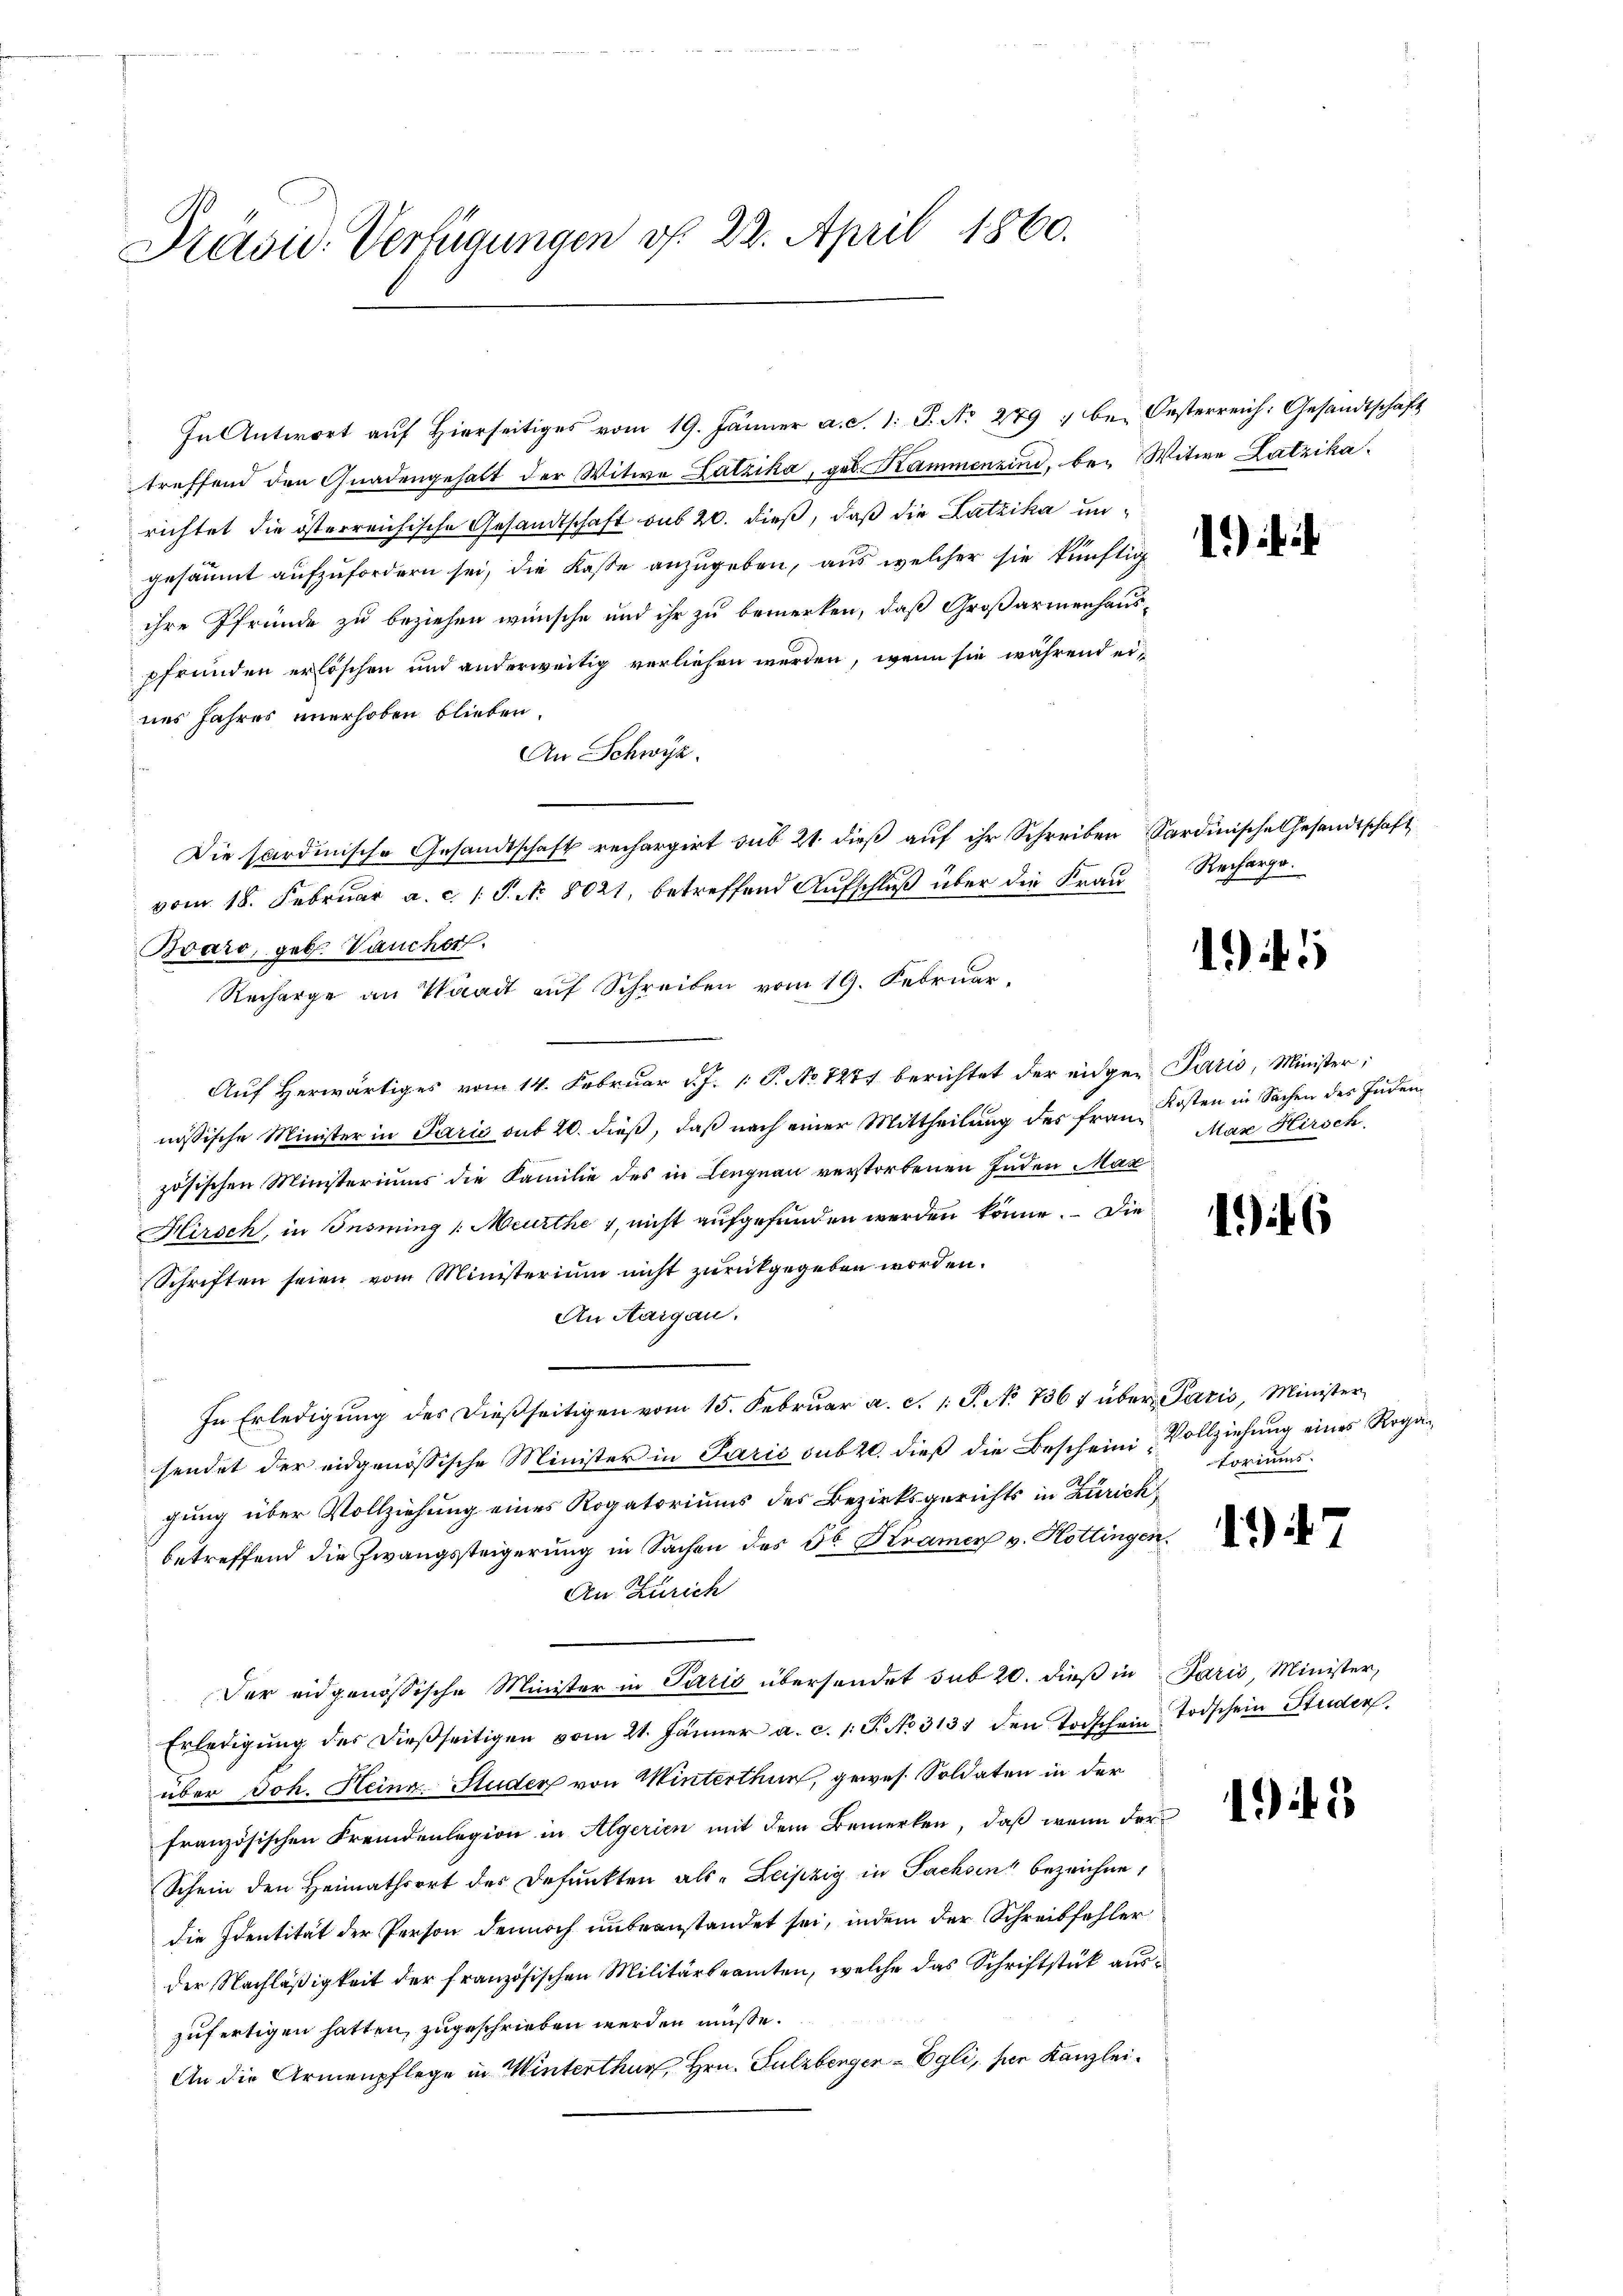
Präsid. Verfügungen v. 22. April 1860.

In Antwort auf Hierseitiges vom 19. Jänner a. c. 1. J. No 279 : be- Oesterreich: Gesandtschäft
treffend den Gnadengehalt der Witwe Latzika, geb. Kammenzind, bei Witwe Latzikarichtet die österreichische Gesandtschaft aus 20. dieß, daß die Lutzika ungesäumt aufzufordern sei, die Kasse anzugeben, aus welcher sie künftig
ihre Pfründe zu beziehen wünsche und ihr zu bemerken, daß Großarmenhauspfrunden erlöschen und anderweitig verliehen werden, wenn sie während eines Jahres unerhoben blieben.
An Schwyz.
Die sardinische Gesandtschaft rechargirt sub 21. dieß auf ihr Schreiben Sardinische Gesandtschaft
vom 18. Februar a. c. 1. P. Nr. 8021, betreffend Aufschluß über die Frau
Bvaro, geb. Vaucher.
Recharge an Waadt auf Schreiben vom 19. Februar,
Auf herwärtiges vom 14. Februar d. J. 1. P. No 1271 berichtet der eidgen Paris, Minister,
nössische Minister in Paris auf 20. dieβ, daβ nach einer Mittheilŭng des frau Kosten in Sachen der Juden
zösischen Ministeriums die Familie des in Lengnau verstorbenen Inden Max
Hirsch, in Insining /: Meurthe 1, nicht aufgefunden werden könne. Die
Schriften seien vom Ministerium nicht zurückgegeben worden.
An Aargau.
In Erledigŭng des dießseitigen vom 15. Febrŭar a. c. 1: P. No 1367 über Paris, Minister
sendet der eidgenössische Minister in Paris sub 20. dieß die Bescheini-Vollziehung eines Rogagung über Vollziehung eines Rogatoriums des Bezirksgerichts in Zürich,
betreffend die Zwangsteigerung in Sachen des Sr Kramer v. Hottingen
An Zürich
Der eidgenössische Minister in Paris übersendet sub 20. dieß in Paris, Minister,
Erledigŭng der dießseitigen vom 21. Jänner a. c. 1: P. No. 313 den Todschein Todschein Stunder
über Joh. Heinz Studer von Winterthun, gewes. Soldaten in der
französischen Fremdenlegion in Algerien mit dem Bemerken, daß wenn der
Schein den Heimathsort des Defunkten als Leipzig in Sachsen“ bezeichne,
die Identität der Person dennoch unbeanstandet sei, indem der Schreibfehler
der Nachläßigkeit der französischen Militärbeamten, welche das Schriftstück auszufertigen hatten, zugeschrieben werden müsse.
An die Armenpflege in Winterthur, Hrn. Sulzberger-Egli, seien Kanzlei¬

1) i

Recharge.

1

5

Max Hirsch

16

torius

1).

194